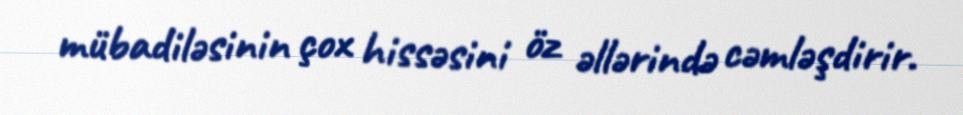
mübadiləsinin çox hissəsini öz əllərində cəmləşdirir.